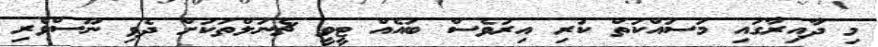
މި ދާއިރާގައި މަސައްކަތް ކުރި އިރުވެސް ބައެއް ޓީވީ ޗެނަލްތަކަށް ދެވި ނޫސްވެރި